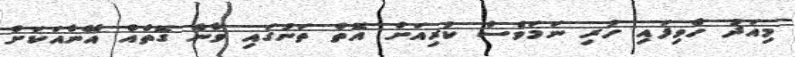
މިއަދު ހެވިފައި ހުރި ނަމަވެސް ކުރިއަށް އޮތް ތަނުގައި ވާނެ ގޮތެއް އޭނާއަކަށް